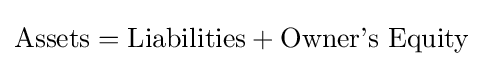
{\text{Assets}}={\text{Liabilities}}+{\text{Owner’s Equity}}